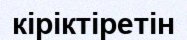
кіріктіретін